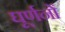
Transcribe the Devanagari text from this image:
घूर्णनों